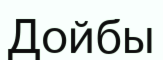
Дойбы